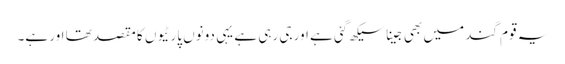
یہ قوم گند میں بھی جینا سیکھ گئی ہے اور جی رہی ہے یہی دونوں پارٹیوں کا مقصد تھا اور ہے۔